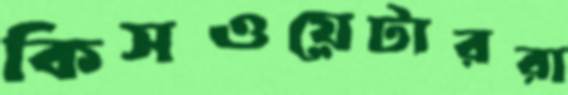
কিসওয়েটাররা